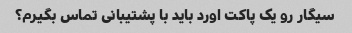
سیگار رو یک پاکت اورد باید با پشتیبانی تماس بگیرم؟